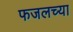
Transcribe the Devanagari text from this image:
फजलच्या